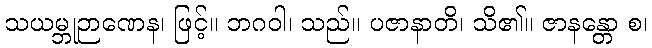
သယမ္ဘုဉာဏေန၊ ဖြင့်။ ဘဂဝါ၊ သည်။ ပဇာနာတိ၊ သိ၏။ ဇာနန္တော စ၊